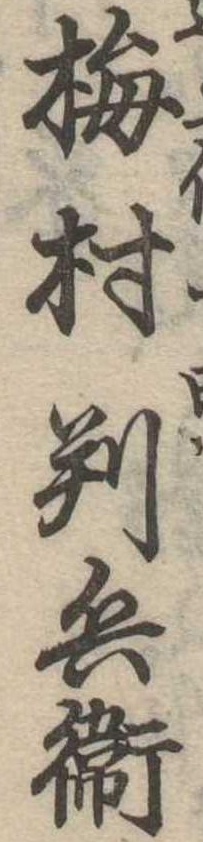
梅村判兵衛